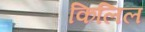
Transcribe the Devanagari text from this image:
किलिल